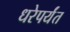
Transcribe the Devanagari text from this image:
धरेपर्यंत